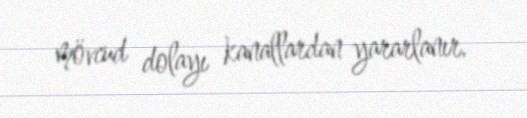
mövcud dolayı kanallardan yararlanır.